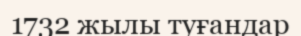
1732 жылы туғандар